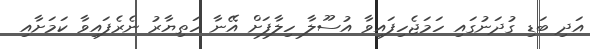
އަދި ބަޑި ގުދަނުގައި ހަމަޖެހިފައިވާ އުސޫލާ ހިލާފަށް އޭނާ ހަތިޔާރު ނެރެފައިވާ ކަމަށާއި